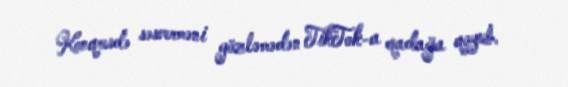
Konqresdə səsverməni gözləmədən TikTok-a qadağa qoyub.